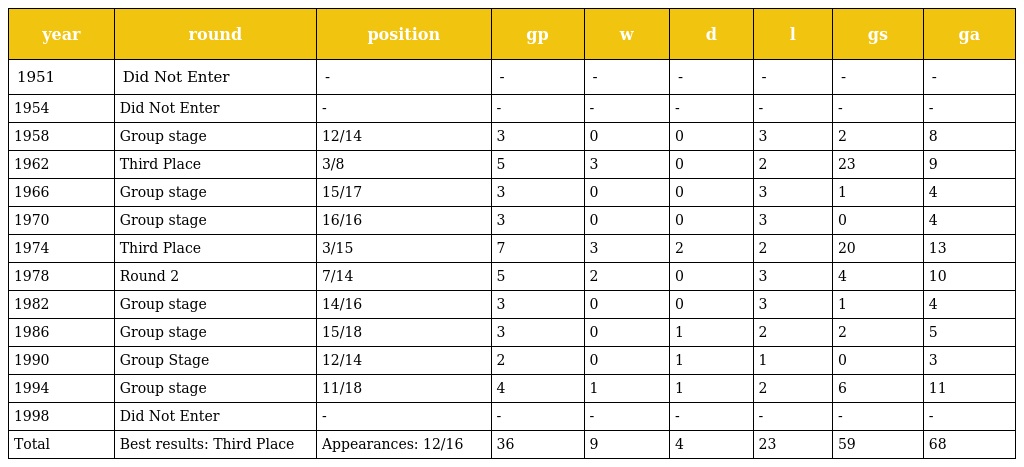
| year | round | position | gp | w | d | l | gs | ga |
 | --- | --- | --- | --- | --- | --- | --- | --- | --- |
 | 1951 | Did Not Enter | - | - | - | - | - | - | - |
 | 1954 | Did Not Enter | - | - | - | - | - | - | - |
 | 1958 | Group stage | 12/14 | 3 | 0 | 0 | 3 | 2 | 8 |
 | 1962 | Third Place | 3/8 | 5 | 3 | 0 | 2 | 23 | 9 |
 | 1966 | Group stage | 15/17 | 3 | 0 | 0 | 3 | 1 | 4 |
 | 1970 | Group stage | 16/16 | 3 | 0 | 0 | 3 | 0 | 4 |
 | 1974 | Third Place | 3/15 | 7 | 3 | 2 | 2 | 20 | 13 |
 | 1978 | Round 2 | 7/14 | 5 | 2 | 0 | 3 | 4 | 10 |
 | 1982 | Group stage | 14/16 | 3 | 0 | 0 | 3 | 1 | 4 |
 | 1986 | Group stage | 15/18 | 3 | 0 | 1 | 2 | 2 | 5 |
 | 1990 | Group Stage | 12/14 | 2 | 0 | 1 | 1 | 0 | 3 |
 | 1994 | Group stage | 11/18 | 4 | 1 | 1 | 2 | 6 | 11 |
 | 1998 | Did Not Enter | - | - | - | - | - | - | - |
 | Total | Best results: Third Place | Appearances: 12/16 | 36 | 9 | 4 | 23 | 59 | 68 |